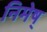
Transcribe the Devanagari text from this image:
निमेष्